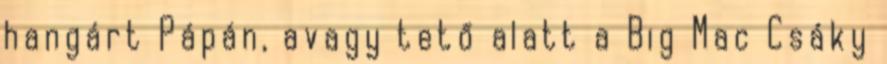
hangárt Pápán, avagy tető alatt a Big Mac Csáky